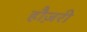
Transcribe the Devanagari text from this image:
हौज़री